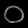
Digit: ၀